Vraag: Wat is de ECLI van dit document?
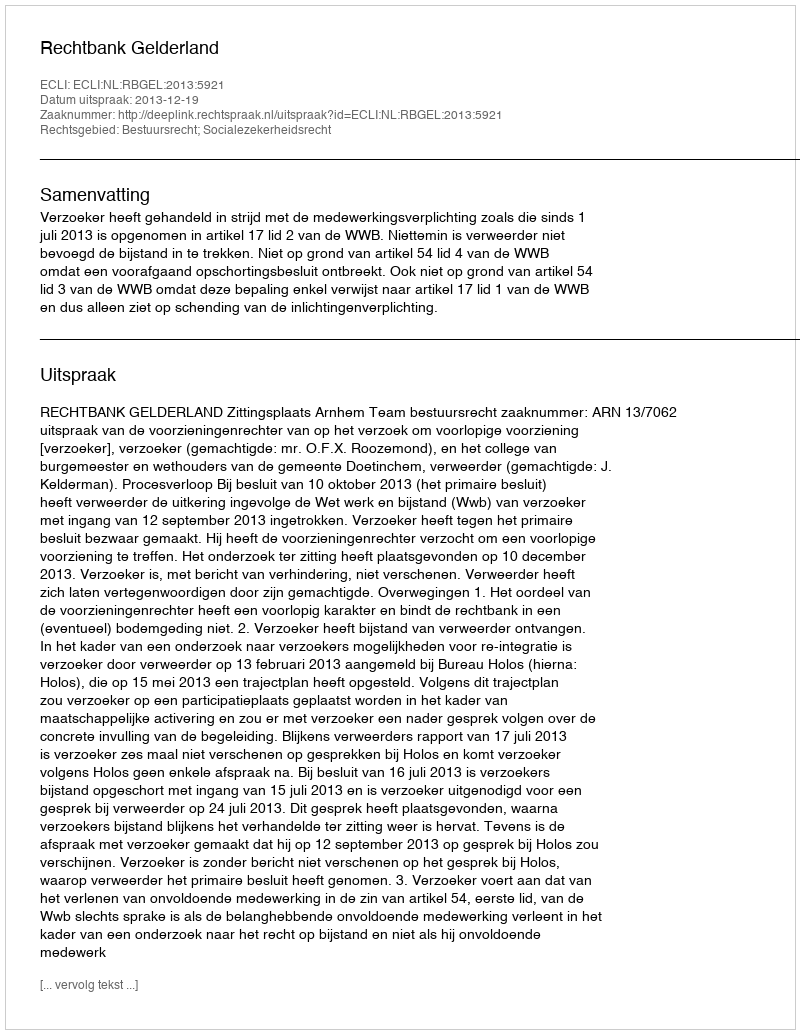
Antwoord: ECLI:NL:RBGEL:2013:5921